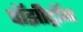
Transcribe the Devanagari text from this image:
पॉझीट्रॉन